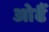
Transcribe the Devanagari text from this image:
ओढैं